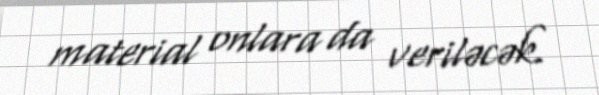
material onlara da veriləcək.